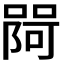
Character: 𭊎